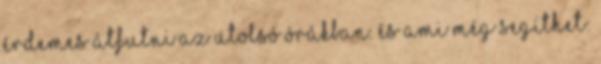
érdemes átfutni az utolsó órákban. És ami még segíthet: